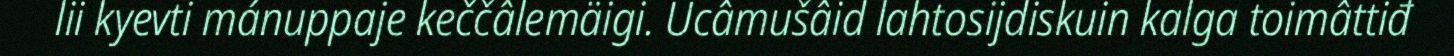
lii kyevti mánuppaje keččâlemäigi. Ucâmušâid lahtosijdiskuin kalga toimâttiđ